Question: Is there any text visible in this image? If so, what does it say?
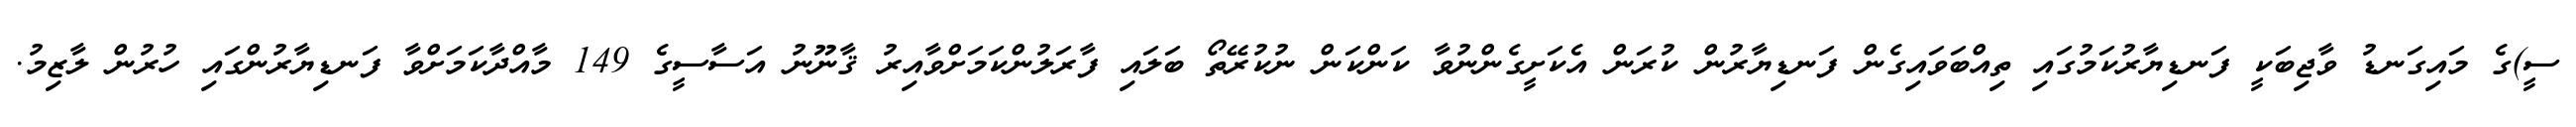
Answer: ސީ)ގެ މައިގަނޑު ވާޖިބަކީ ފަނޑިޔާރުކަމުގައި ތިއްބަވައިގެން ފަނޑިޔާރުން ކުރަން އެކަށީގެންނުވާ ކަންކަން ނުކުރޭތޯ ބަލައި ފާރަލުންކަމަށްވާއިރު ޤާނޫނު އަސާސީގެ 149 މާއްދާކަމަށްވާ ފަނޑިޔާރުންގައި ހުރުން ލާޒިމު.